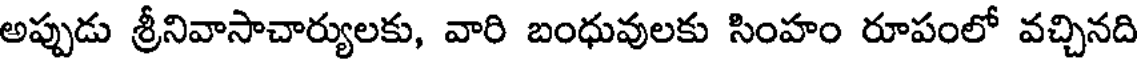
అప్పుడు శ్రీనివాసాచార్యులకు, వారి బంధువులకు సింహం రూపంలో వచ్చినది